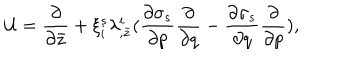
LaTeX: { \cal U } = { \frac { \partial } { \partial \bar { z } } } + \xi _ { i } ^ { s } \lambda _ { , \bar { z } } ^ { i } ( { \frac { \partial \sigma _ { s } } { \partial p } } { \frac { \partial } { \partial q } } - { \frac { \partial \sigma _ { s } } { \partial q } } { \frac { \partial } { \partial p } } ) ,